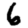
Digit: 6